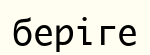
беріге